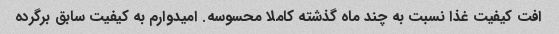
افت کیفیت غذا نسبت به چند ماه گذشته کاملا محسوسه. امیدوارم به کیفیت سابق برگرده